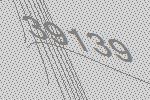
39139